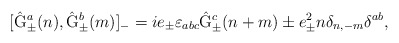
\begin{align*}[\hat{\rm G}_{\pm}^a(n) , \hat{\rm G}_{\pm}^b(m)]_{-} =i e_{\pm} {\varepsilon}_{abc} \hat{\rm G}_{\pm}^c(n+m)\pm e_{\pm}^2 n \delta_{n,-m} \delta^{ab} , \\\end{align*}